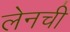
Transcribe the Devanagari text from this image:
लेनची